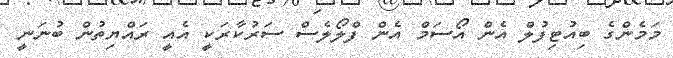
މަމެންގެ ބިއުޓިފުލް އެން އޯސަމް އެން ފްލޯލެސް ސަރުކާރަކީ އެއީ ރައްޔިތުން ބުނަނީ